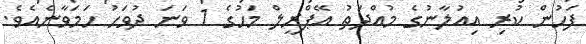
ފަހުން ކުރި އިއުލާނުގެ މުއްދަތު އޭޕްރީލް މަހުގެ 1 ވަނަ ދުވަހު ހަަމަވާނެއެވެ.